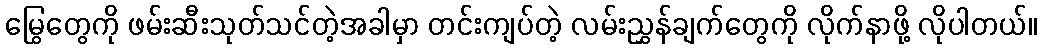
မြွေတွေကို ဖမ်းဆီးသုတ်သင်တဲ့အခါမှာ တင်းကျပ်တဲ့ လမ်းညွှန်ချက်တွေကို လိုက်နာဖို့ လိုပါတယ်။